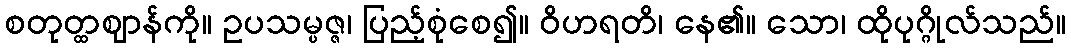
စတုတ္ထဈာန်ကို။ ဥပသမ္ပဇ္ဇ၊ ပြည့်စုံစေ၍။ ဝိဟရတိ၊ နေ၏။ သော၊ ထိုပုဂ္ဂိုလ်သည်။